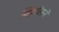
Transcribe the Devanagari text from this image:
व्हिटॉलने